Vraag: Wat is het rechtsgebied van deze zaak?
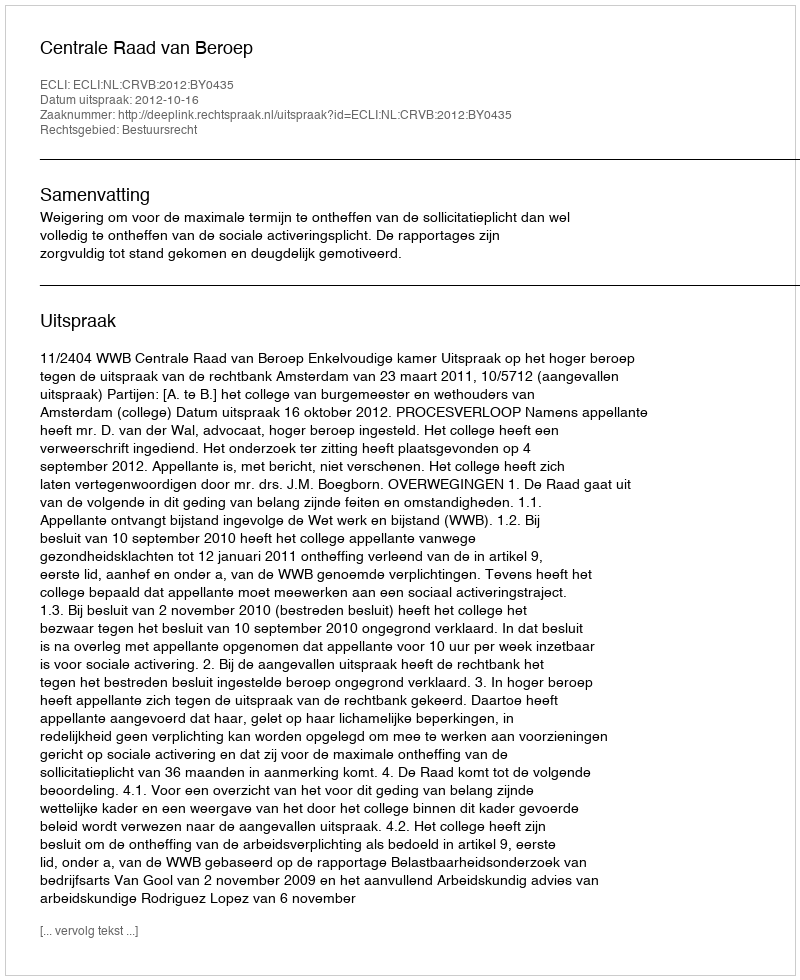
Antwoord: Bestuursrecht